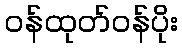
ဝန်ထုတ်ဝန်ပိုး